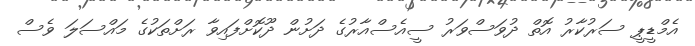
އެމްޑީޕީ ސަރުކާރު އޮތް ދުވަސްވަރު ސީއެސްއާރުގެ ދަށުން ދޫކޮށްފައިވާ ރަށްތަކުގެ މައްސަލަ ވެސް